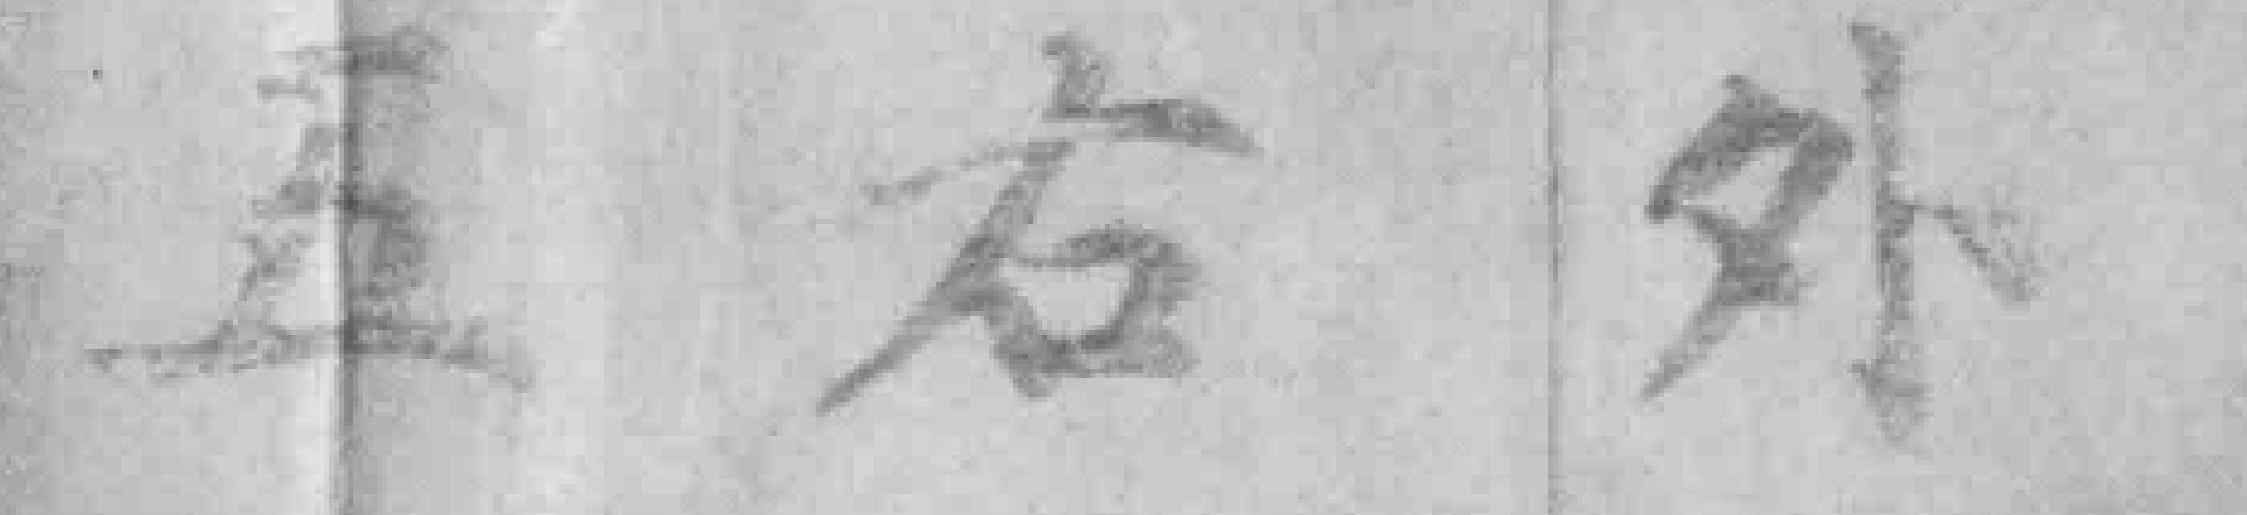
五右外